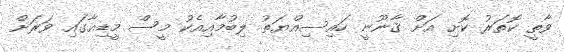
ވާތީ ކޮތަރު ކޮށި އަށް ޤާނޫނީ ހައިސިއްޔަތު ލިބުމާއިއެކު މީސް މީޑިއާގައި ވަރަށް